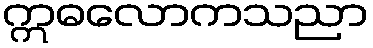
ဣဓလောကသညာ